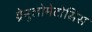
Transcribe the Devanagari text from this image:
ग्रेनुलोमेटोसिस